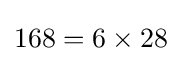
168=6\times 28